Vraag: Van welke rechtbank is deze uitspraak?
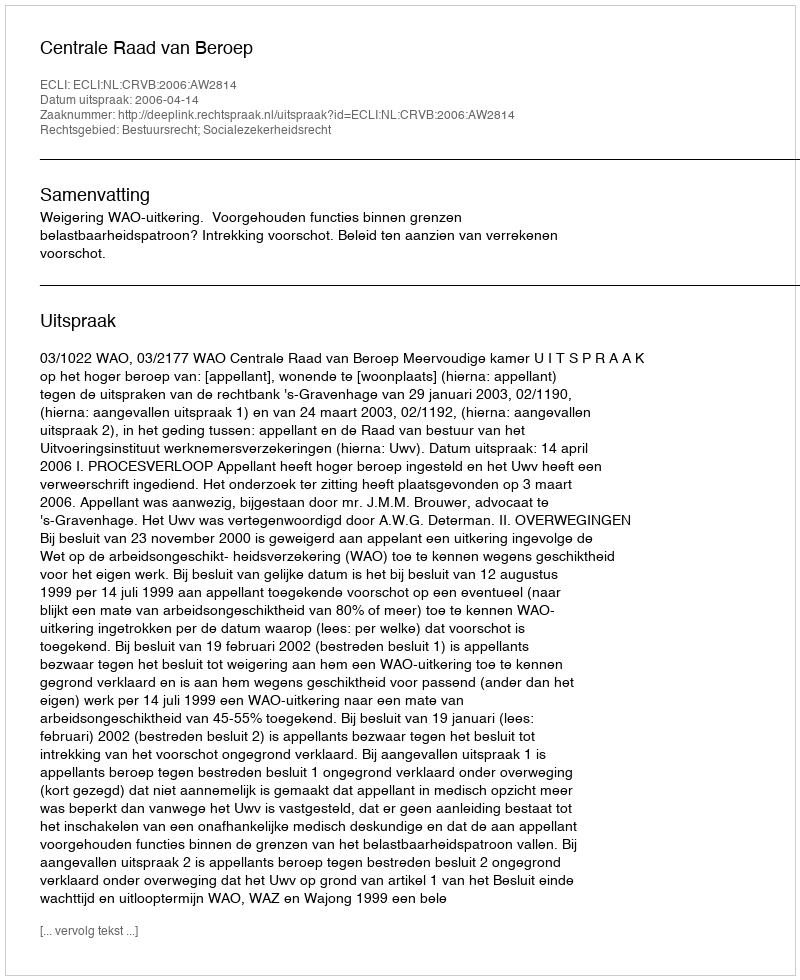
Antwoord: Centrale Raad van Beroep